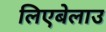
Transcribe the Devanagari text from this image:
लिएबेलाउ